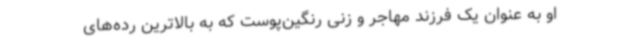
او به عنوان یک فرزند مهاجر و زنی رنگین‌پوست که به بالاترین رده‌های